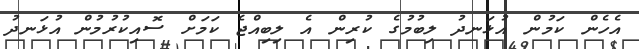
އެހެން ކަމުން އުޅަނދު ލިބުމުގެ ކުރިން އެ ލިބިއްޖެ ކަމަށް ސޮއިކުރުމުން އުޅަނދު